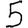
Digit: 5